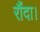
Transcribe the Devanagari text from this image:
रौंदा।